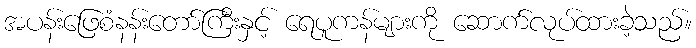
အပန်းဖြေစံနန်းတော်ကြီးနှင့် ရေပူကန်များကို ဆောက်လုပ်ထားခဲ့သည်။